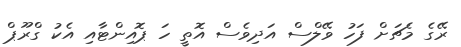
ރޭގެ މެޗަށް ފަހު ވޭލްސް އަދިވެސް އޮތީ ހަ ޕޮއިންޓާއި އެކު ގްރޫޕް